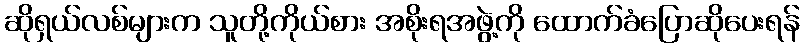
ဆိုရှယ်လစ်များက သူတို့ကိုယ်စား အစိုးရအဖွဲ့ကို ထောက်ခံပြောဆိုပေးရန်